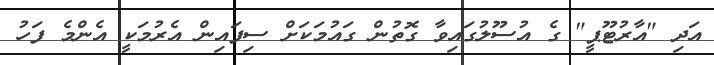
އަދި "އާރުޓޫޕީ" ގެ އުސޫލުގައިވާ ގޮތުން ގައުމަކަށް ސިފައިން އެރުމަކީ އެންމެ ފަހު